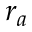
r _ { a }